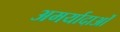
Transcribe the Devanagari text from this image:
अमर्यादाओं